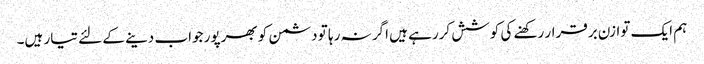
ہم ایک توازن برقرار رکھنے کی کوشش کررہے ہیں اگر نہ رہا تو دشمن کو بھرپور جواب دینے کے لئے تیار ہیں۔